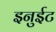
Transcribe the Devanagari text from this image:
इनुईट